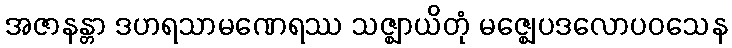
အဇာနန္တာ ဒဟရသာမဏေရဿ သဇ္ဈာယိတုံ မဇ္ဈေပဒလောပဝသေန